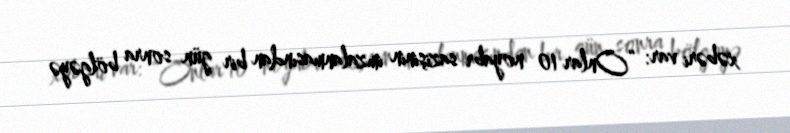
xəbəri var: “Onlar 10 noyabr sazişinin imzalanmasından bir gün sonra bölgəyə